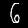
Label: 6